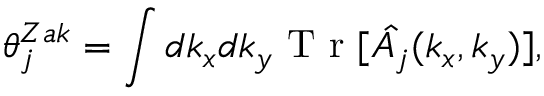
\theta _ { j } ^ { Z a k } = \int d k _ { x } d k _ { y } \mathrm { ~ T ~ r ~ } [ \hat { A _ { j } } ( k _ { x } , k _ { y } ) ] ,